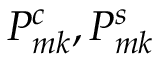
P _ { m k } ^ { c } , P _ { m k } ^ { s }